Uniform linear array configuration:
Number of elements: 4
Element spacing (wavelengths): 0.75
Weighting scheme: hann
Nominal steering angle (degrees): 60
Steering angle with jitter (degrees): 59.622
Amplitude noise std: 0.05
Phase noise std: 0.05

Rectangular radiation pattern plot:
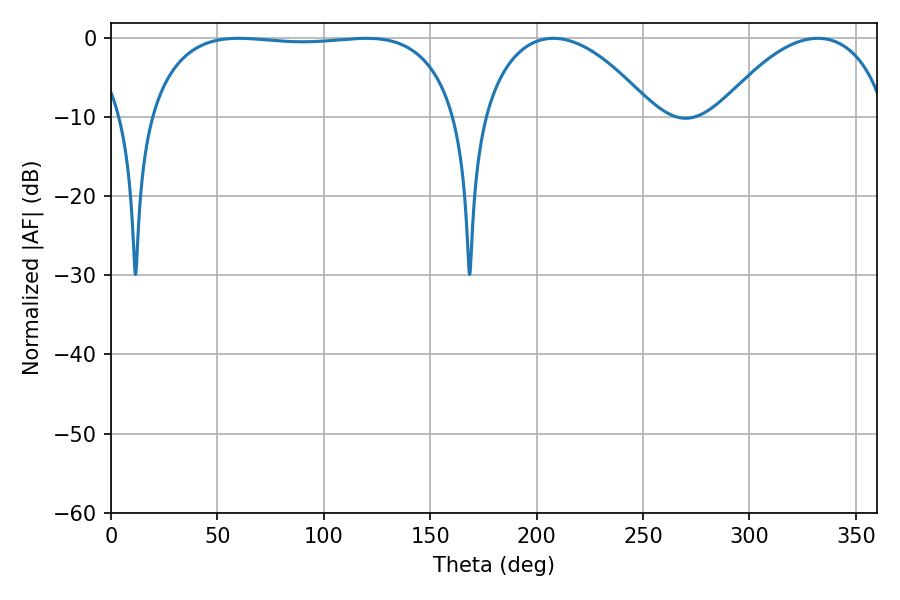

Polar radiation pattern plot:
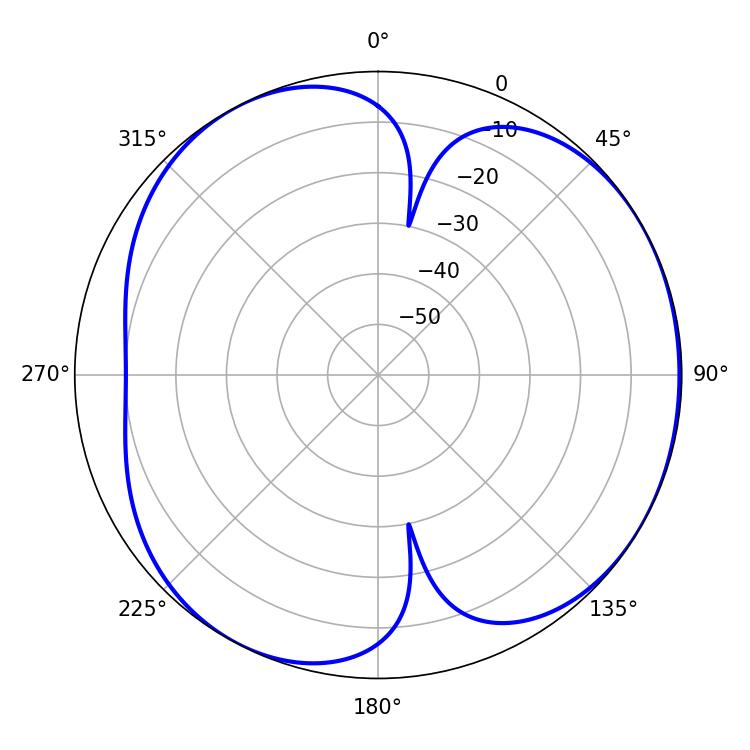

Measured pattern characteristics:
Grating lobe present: TRUE
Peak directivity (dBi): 4.477
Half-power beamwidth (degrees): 115.56
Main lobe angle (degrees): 59.94